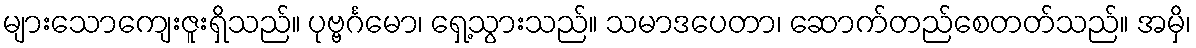
များသောကျေးဇူးရှိသည်။ ပုဗ္ဗင်္ဂမော၊ ရှေ့သွားသည်။ သမာဒပေတာ၊ ဆောက်တည်စေတတ်သည်။ အမှိ၊